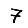
Digit: 7